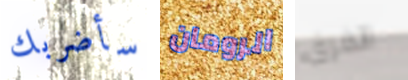
سأضربك الرومان الفرق